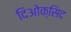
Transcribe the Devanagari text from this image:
दिओक्सिद